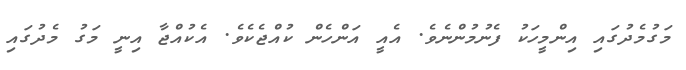
މަގުމެދުގައި އިންމީހަކު ފެނުމުންނެވެ. އެއީ އަންހެން ކުއްޖެކެވެ. އެކުއްޖާ އިނީ މަގު މެދުގައި